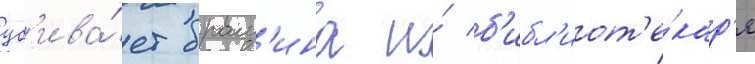
уб'ива́ет брам'ина и́ б'ибл'иот'е́кар'я